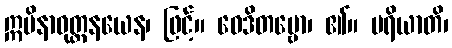
ဣမိနာဝုတ္တနယေန၊ ဖြင့်။ ဝေဒိတဗ္ဗော၊ ၏။ ပရိယာတိ၊